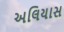
અલિયાસ